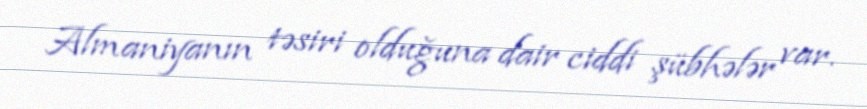
Almaniyanın təsiri olduğuna dair ciddi şübhələr var.